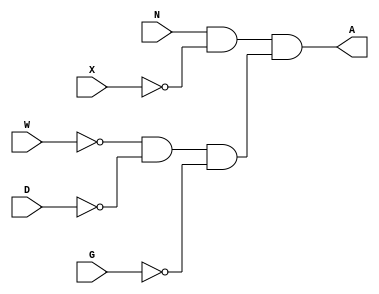
`timescale 1ns / 1ps
//////////////////////////////////////////////////////////////////////////////////
// Company: 
// Engineer: 
// 
// Design Name: 
// Module Name:    alarm_top 
// Project Name: 
// Target Devices: 
// Tool versions: 
// Description: 
//
// Dependencies: 
//
// Revision: 
// Revision 0.01 - File Created
// Additional Comments: 
//
//////////////////////////////////////////////////////////////////////////////////
module alarm(
    input N,
    input X,
    input W,
    input D,
    input G,
    output A
    );

	// Complete the design of the home alarm system
	wire w0, w1, w2, w3, w4, w5; // declare wires
	not u0(Wn, W);
	not u1(Dn, D);
	not u2(Gn, G); // inverters for secure check on WDG
	and u3(w5, Wn, Dn, Gn); // and inverted WDG
	not u4(Xn, X);
	and u5(A, N, Xn, w5); // final and gate
	
endmodule